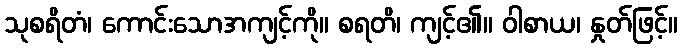
သုစရိတံ၊ ကောင်းသောအကျင့်ကို။ စရတိ၊ ကျင့်၏။ ဝါစာယ၊ နှုတ်ဖြင့်။